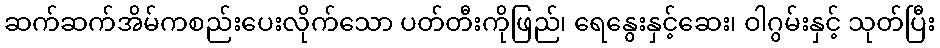
ဆက်ဆက်အိမ်ကစည်းပေးလိုက်သော ပတ်တီးကိုဖြည်၊ ရေနွေးနှင့်ဆေး၊ ဝါဂွမ်းနှင့် သုတ်ပြီး